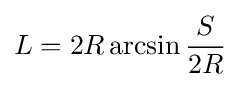
L=2R\arcsin {\frac {S}{2R}}